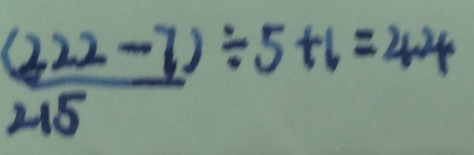
\frac { ( 2 2 2 - 7 ) } { 2 1 5 } \div 5 + 1 = 4 4